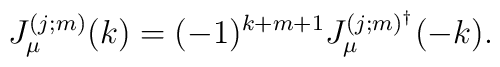
J_{\mu}^{(j;m)}(k)=(-1)^{k+m+1} J_{\mu}^{(j;m)^{\dag}}(-k).